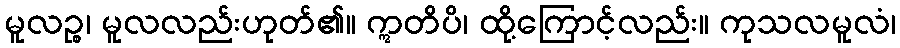
မူလဉ္စ၊ မူလလည်းဟုတ်၏။ ဣတိပိ၊ ထို့ကြောင့်လည်း။ ကုသလမူလံ၊